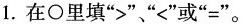
1.在\circ 里填”>””<”或”=”。